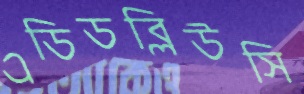
এডিডব্লিউসি